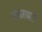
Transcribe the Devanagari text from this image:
लक्ष्मण।